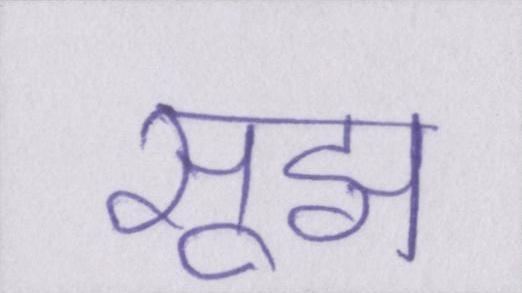
सूझ